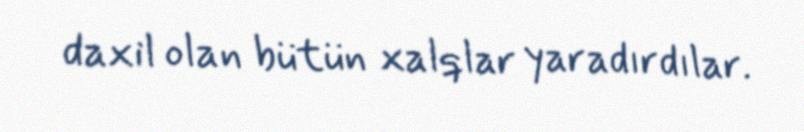
daxil olan bütün xalqlar yaradırdılar.